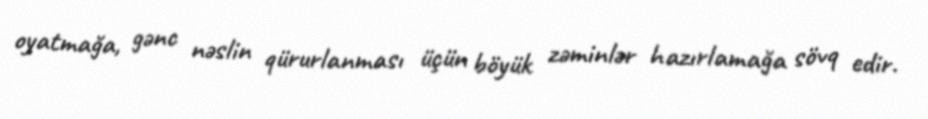
oyatmağa, gənc nəslin qürurlanması üçün böyük zəminlər hazırlamağa sövq edir.